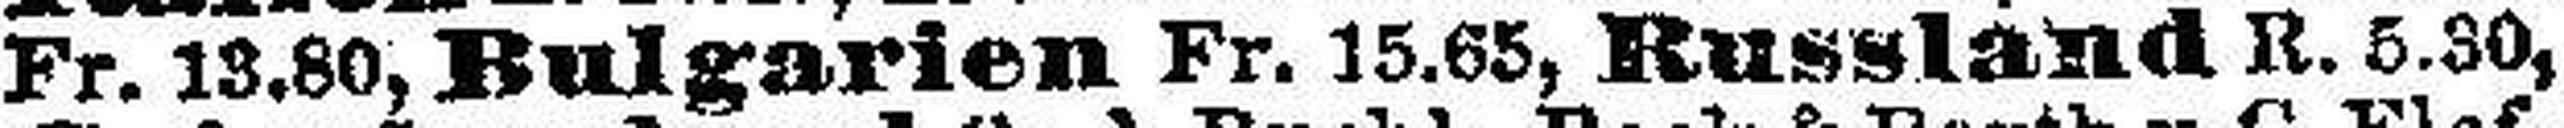
Fr. 13.80, Bulgarien Fr. 15.65, Russland R. 5.30,